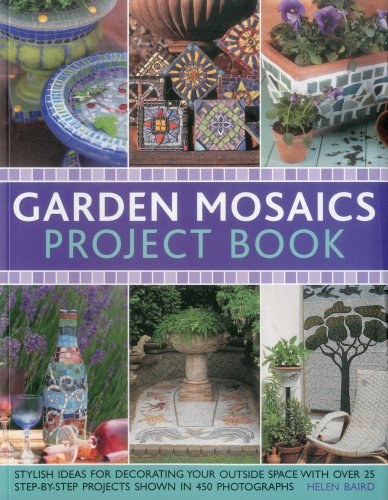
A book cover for Garden Mosaics Project Book: Stylish ideas for decorating your outside space with over 400 stunning photographs and 25 step-by-step projects; Helen Baird; Crafts, Hobbies & Home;